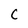
Character: C